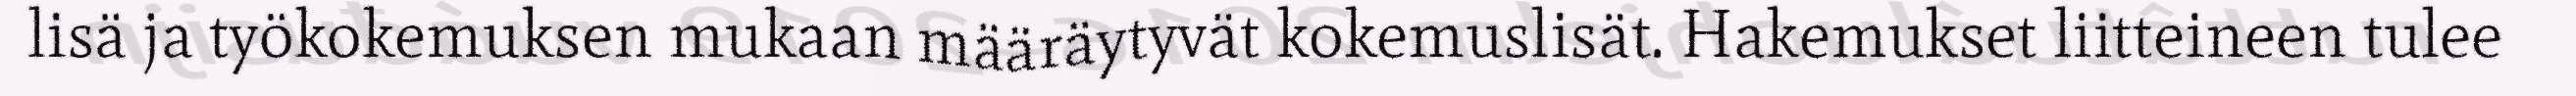
lisä ja työkokemuksen mukaan määräytyvät kokemuslisät. Hakemukset liitteineen tulee